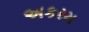
અકરમ